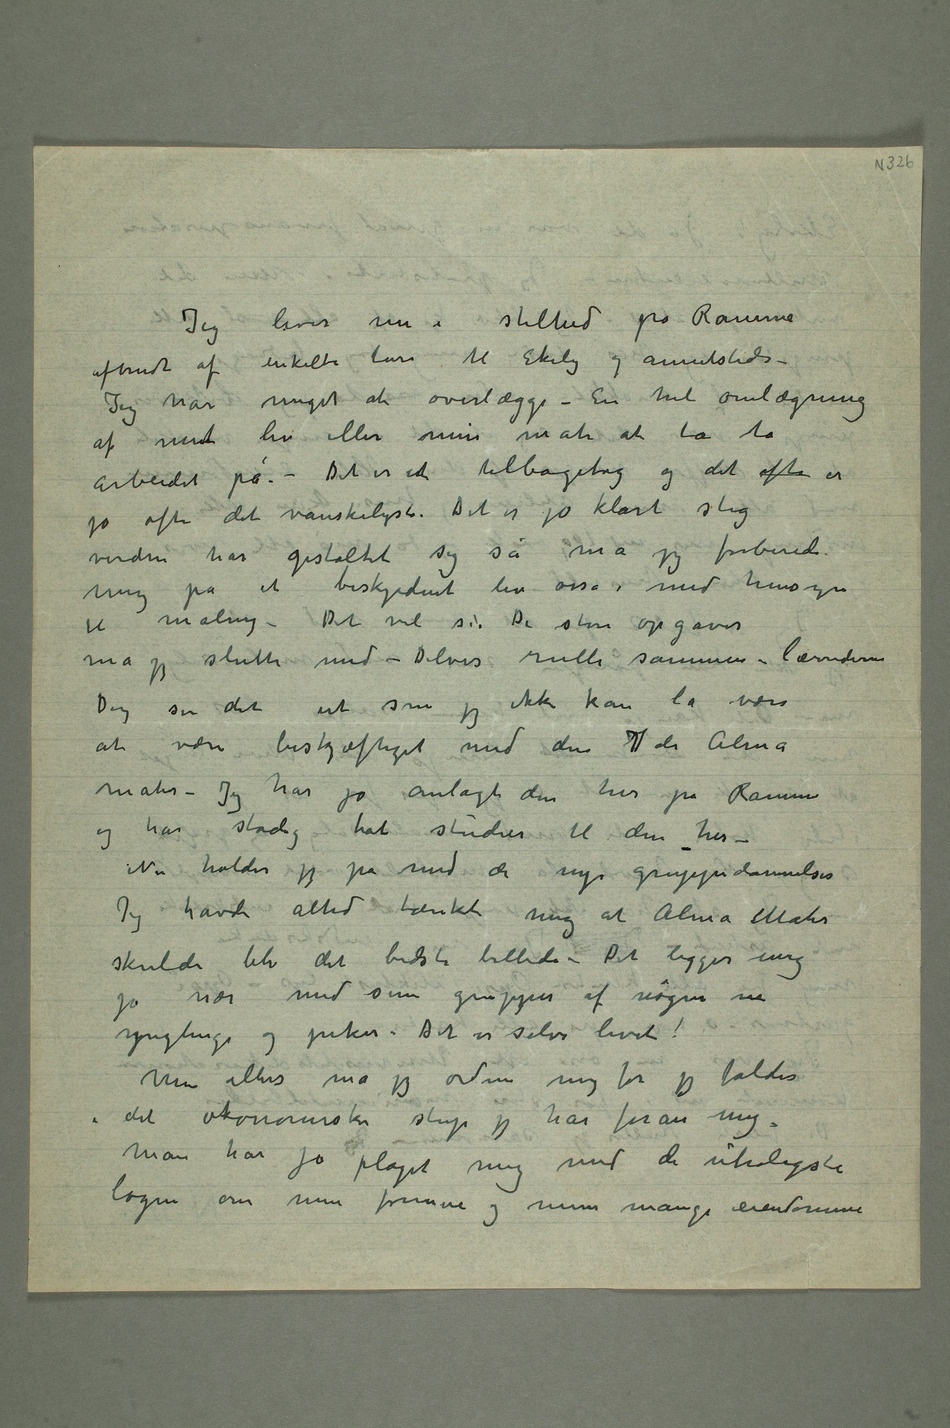
Jeg lever nu i stilhed på Ramme
afbrudt af enkelte ture til Ekely og annetsteds –
Jeg har meget at overlægge – En hel omlægning
af mint liv eller min måte at ta ta
arbeidet på. – Det er ent tilbagetog og det ofte er
jo ofte det vanskeligste. Det er jo klart slig
verden har gestaltet sig så må jeg forberede
mig på et beskjedent liv osså med hensyn
til maling – Det vil si: De store opgaver
må jeg slutte med – Delvis rulle sammen – lærrederne
Dog ser det ut som jeg
at være beskjeftiget med den 7de Alma
mater – Jeg har jo anlagt den her på Ramme
og har stadig hat studier til dem her –
Nu holder jeg på med de nye gruppedannelser
Jeg havde alltid tænkt mig at Alma Mater
skulde bli det bedste billede – Det ligger mig
jo nær med sine grupper af nøgne m
ynglinge og piker – Det er selve livet!
Men ellers må jeg ordne mig før jeg falder
i det økonomiske stup jeg har foran mig.
Man har jo plaget mig med de utroligste
løgne om min formue og mine mange eiendomme